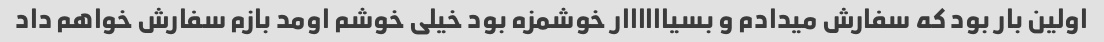
اولین بار بود که سفارش میدادم و بسیاااااار خوشمزه بود خیلی خوشم اومد بازم سفارش خواهم داد